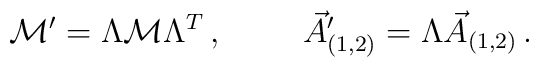
{\cal M}^{\prime}=  \Lambda {\cal M}\Lambda^{T}\, ,\hspace{1cm}\vec{A}_{(1,2)}^{\prime}= \Lambda\vec{A}_{(1,2)}\, .